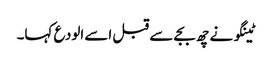
ٹینگو نے چھ بجے سے قبل اسے الودع کہا۔